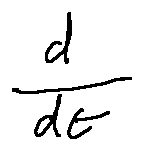
\frac { d } { d t }